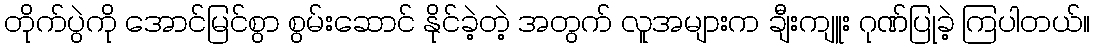
တိုက်ပွဲကို အောင်မြင်စွာ စွမ်းဆောင် နိုင်ခဲ့တဲ့ အတွက် လူအများက ချီးကျူး ဂုဏ်ပြုခဲ့ ကြပါတယ်။